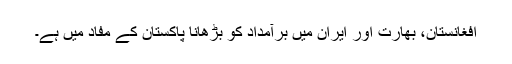
افغانستان، بھارت اور ایران میں برآمداد کو بڑھانا پاکستان کے مفاد میں ہے۔